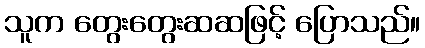
သူက တွေးတွေးဆဆဖြင့် ပြောသည်။